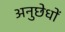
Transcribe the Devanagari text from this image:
अनुछेधों